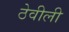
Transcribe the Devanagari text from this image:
ठेवीली